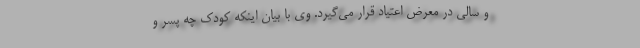
و سالی در معرض اعتیاد قرار می‌گیرد. وی با بیان اینکه کودک چه پسر و